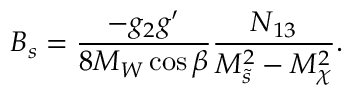
B _ { s } = \frac { - g _ { 2 } g ^ { \prime } } { 8 M _ { W } \cos \beta } \frac { N _ { 1 3 } } { M _ { \tilde { s } } ^ { 2 } - M _ { \chi } ^ { 2 } } .